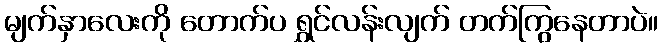
မျက်နှာလေးကို တောက်ပ ရွှင်လန်းလျက် တက်ကြွနေတာပဲ။